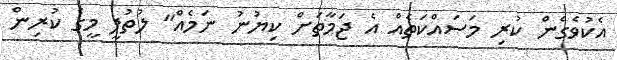
އެކުވެގެން ކުރި މަސައްކަތެއް އެ ޖަމާތަށް ކިޔުނު ނަމެއް" ލުތުފީ މީގެ ކުރިން